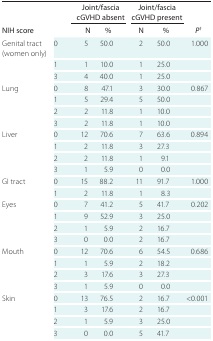
| <ROWSPAN=2-COLSPAN=2> NIH score | <COLSPAN=2> Joint/fascia cGVHD absent | <COLSPAN=2> Joint/fascia cGVHD present | <ROWSPAN=2> P† |
 | N | % | N | % |
 | --- | --- | --- | --- | --- | --- | --- |
 | <ROWSPAN=3> Genital tract (women only) | 0 | 5 | 50.0 | 2 | 50.0 | <ROWSPAN=3> 1.000 |
 | 1 | 1 | 10.0 | 1 | 25.0 |
 | 3 | 4 | 40.0 | 1 | 25.0 |
 | <ROWSPAN=4> Lung | 0 | 8 | 47.1 | 3 | 30.0 | <ROWSPAN=4> 0.867 |
 | 1 | 5 | 29.4 | 5 | 50.0% |
 | 2 | 2 | 11.8 | 1 | 10.0 |
 | 3 | 2 | 11.8 | 1 | 10.0 |
 | <ROWSPAN=4> Liver | 0 | 12 | 70.6 | 7 | 63.6 | <ROWSPAN=4> 0.894 |
 | 1 | 2 | 11.8 | 3 | 27.3 |
 | 2 | 2 | 11.8 | 1 | 9.1 |
 | 3 | 1 | 5.9 | 0 | 0.0 |
 | <ROWSPAN=2> GI tract | 0 | 15 | 88.2 | 11 | 91.7 | <ROWSPAN=2> 1.000 |
 | 1 | 2 | 11.8 | 1 | 8.3 |
 | <ROWSPAN=4> Eyes | 0 | 7 | 41.2 | 5 | 41.7 | <ROWSPAN=4> 0.202 |
 | 1 | 9 | 52.9 | 3 | 25.0 |
 | 2 | 1 | 5.9 | 2 | 16.7 |
 | 3 | 0 | 0.0 | 2 | 16.7 |
 | <ROWSPAN=4> Mouth | 0 | 12 | 70.6 | 6 | 54.5 | <ROWSPAN=4> 0.686 |
 | 1 | 1 | 5.9 | 2 | 18.2 |
 | 2 | 3 | 17.6 | 3 | 27.3 |
 | 3 | 1 | 5.9 | 0 | 0.0 |
 | <ROWSPAN=4> Skin | 0 | 13 | 76.5 | 2 | 16.7 | <ROWSPAN=4> <0.001 |
 | 1 | 3 | 17.6 | 2 | 16.7 |
 | 2 | 1 | 5.9 | 3 | 25.0 |
 | 3 | 0 | 0.0 | 5 | 41.7 |